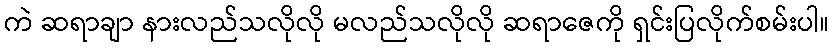
ကဲ ဆရာချာ နားလည်သလိုလို မလည်သလိုလို ဆရာဇေကို ရှင်းပြလိုက်စမ်းပါ။